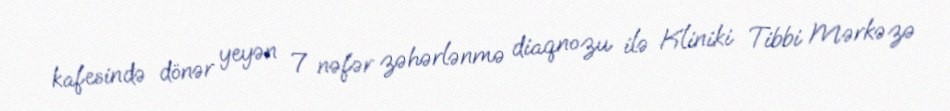
kafesində dönər yeyən 7 nəfər zəhərlənmə diaqnozu ilə Kliniki Tibbi Mərkəzə